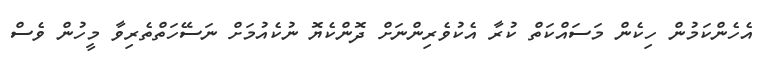
އެހެންކަމުން ހިކެން މަސައްކަތް ކުރާ އެކުވެރިންނަށް ދޮންކެޔޮ ނުކެއުމަށް ނަސޭހަތްތެރިވާ މީހުން ވެސް